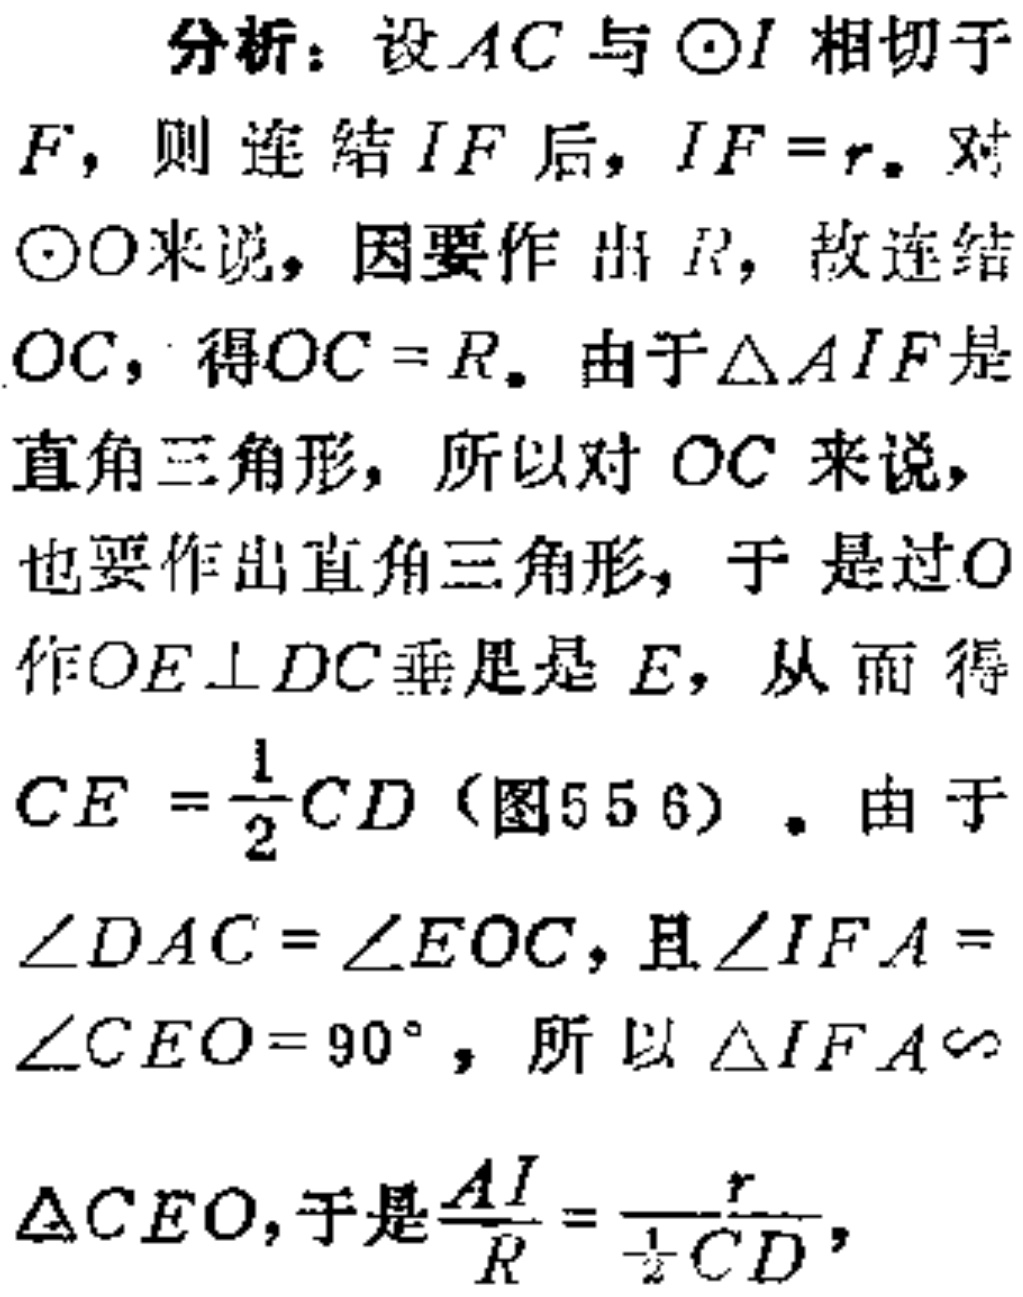
分析：设 \(AC\) 与 \(\odot I\) 相切于 \(F\)，则连结 \(IF\) 后，\(IF = r\)。对 \(\odot O\) 来说，因要作出 \(R\)，故连结 \(OC\)，得 \(OC = R\)。由于 \(\triangle AIF\) 是直角三角形，所以对 \(OC\) 来说，也要作出直角三角形，于是过 \(O\) 作 \(OE\perp DC\) 垂足是 \(E\)，从而得 \(CE=\frac{1}{2}CD\)（图55 6）。由于 \(\angle DAC=\angle EOC\)，且 \(\angle IFA = \angle CEO = 90^{\circ}\)，所以 \(\triangle IFA\sim\triangle CEO\)，于是 \(\frac{AI}{R}=\frac{r}{\frac{1}{2}CD}\)，